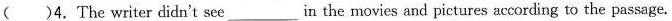
( )4.The writer didn't see___in the movies and pictures according to the passage.